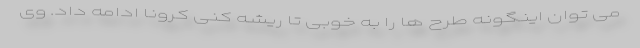
می توان اینگونه طرح ها را به خوبی تا ریشه کنی کرونا ادامه داد. وی